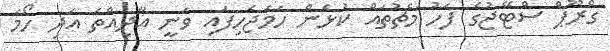
ގްރޫޕް ސްޓޭޖުގެ ފަހު މެޗުތައް ކުޅެން ހަމަޖެހިފައި ވަނީ އާދިއްތަ އަދި ހޯމަ